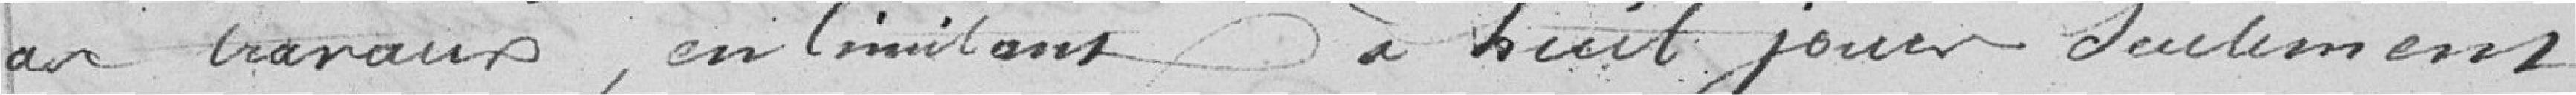
ces travaux, en limitant  à huit jours seulement